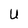
Character: U